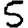
Digit: 5